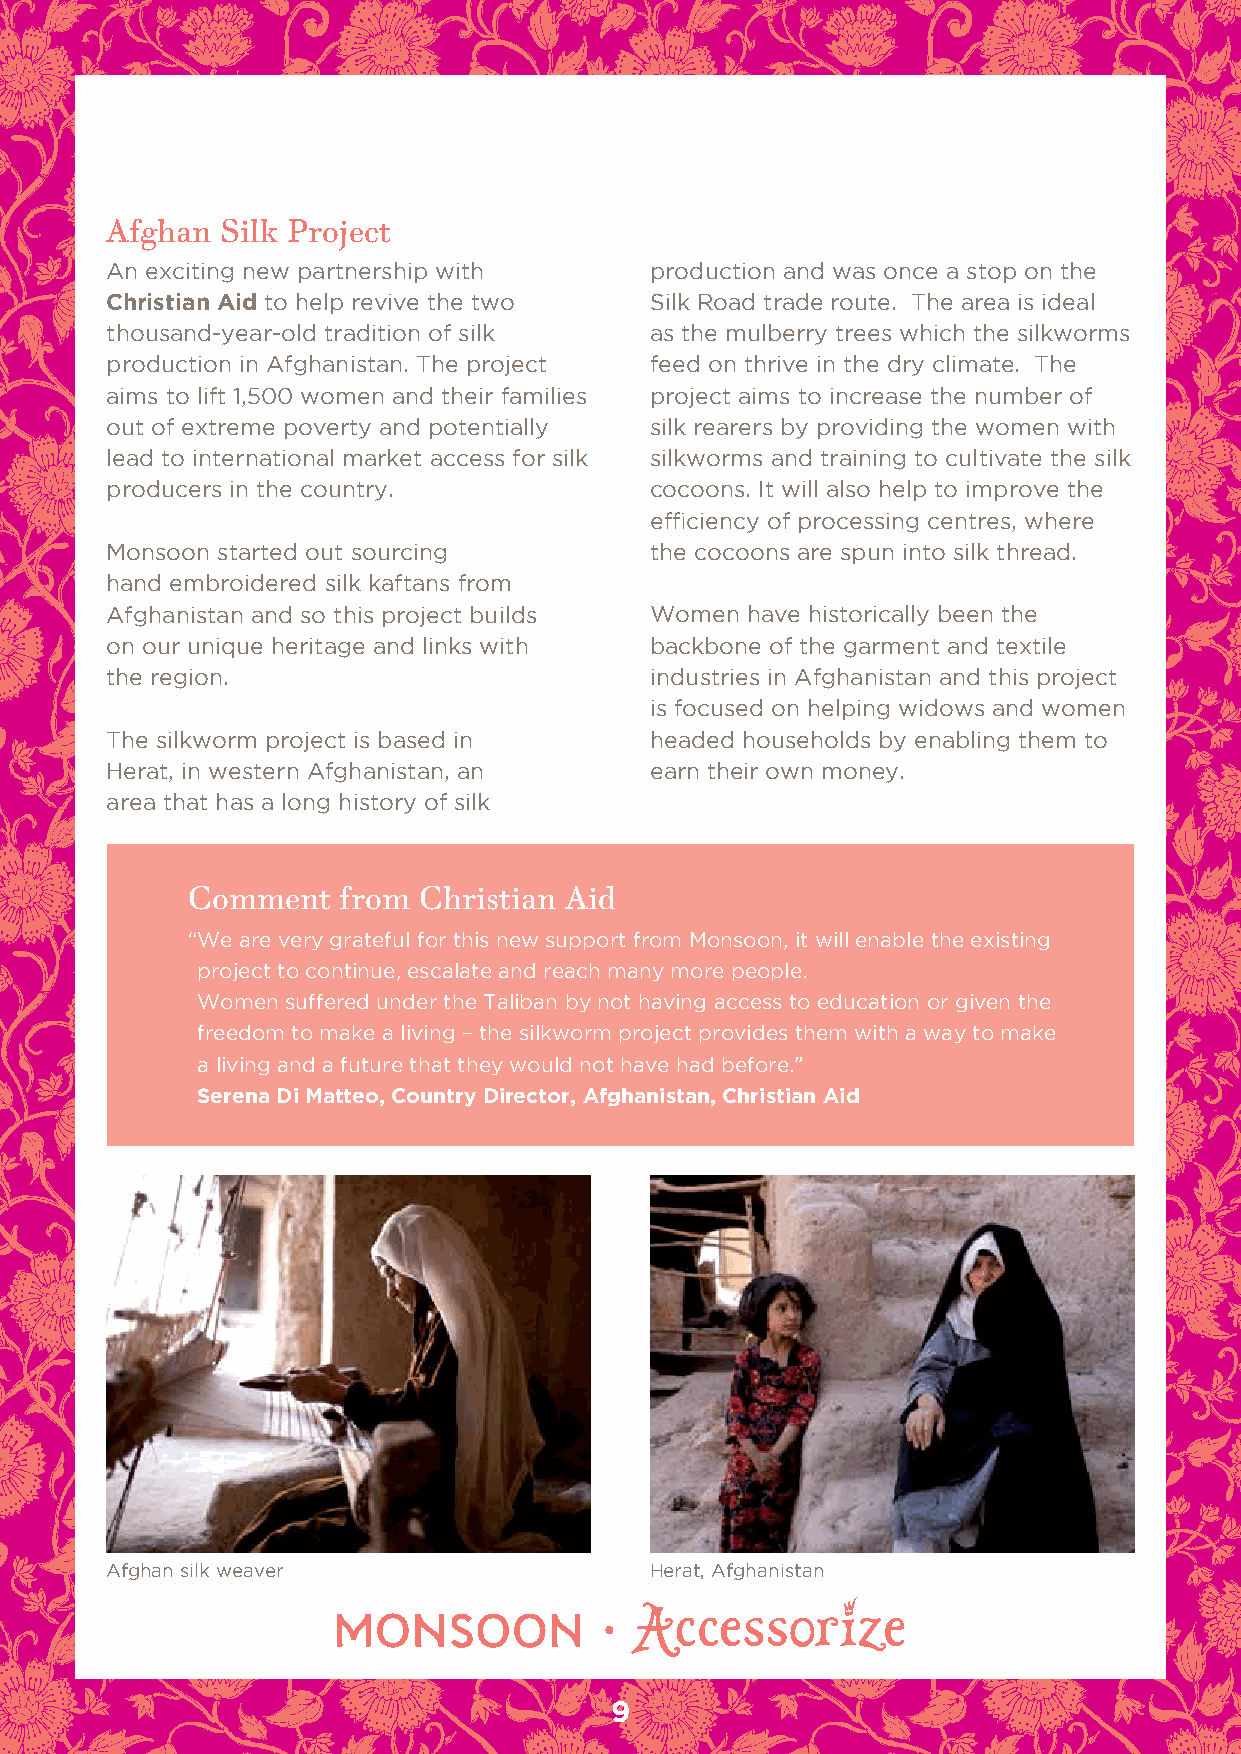
Afghan  Silk Project
 An exciting new partnership with    production and was once a stop on the
 Christian Aid to help revive the two Silk road trade route. The area is ideal
 thousand-year-old tradition of silk as the mulberry trees which the silkworms
 production in Afghanistan. The project feed on thrive in the dry climate. The
 aims to lift 1,500 women and their families project aims to increase the number of
 out of extreme poverty and potentially silk rearers by providing the women with
 lead to international market access for silk silkworms and training to cultivate the silk
 producers in the country.           cocoons. It will also help to improve the
 efficiency of processing centres, where
 Monsoon started out sourcing        the cocoons are spun into silk thread.
 hand embroidered silk kaftans from
 Afghanistan and so this project builds Women have historically been the
 on our unique heritage and links with backbone of the garment and textile
 the region.                         industries in Afghanistan and this project
 is focused on helping widows and women
 The silkworm project is based in    headed households by enabling them to
 Herat, in western Afghanistan, an   earn their own money.
 area that has a long history of silk
 Comment    from Christian Aid
 “ We are very grateful for this new support from Monsoon, it will enable the existing
 project to continue, escalate and reach many more people.
 Women suffered under the Taliban by not having access to education or given the
 freedom to make a living – the silkworm project provides them with a way to make
 a living and a future that they would not have had before.”
 Serena di Matteo, Country director, Afghanistan, Christian Aid
 Afghan silk weaver                  Herat, Afghanistan
 9